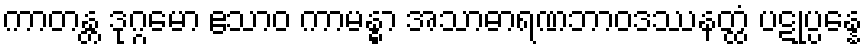
ကာတန္တ ဒုဂ္ဂမော ဧသာဝ ကာမန္ဓာ အသာဓာရဏဘာဝဒဿနတ္ထံ ပဋုပ္ပန္နေ